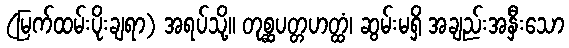
(မြက်ထမ်းပိုးချရာ) အရပ်သို့။ တုစ္ဆပတ္တဟတ္ထံ၊ ဆွမ်းမရှိ အချည်းအနှီးသော